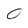
Character: 0